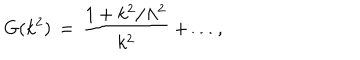
G ( k ^ { 2 } ) \, = \, \frac { 1 + k ^ { 2 } / \Lambda ^ { 2 } } { k ^ { 2 } } + \dots ,